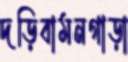
দড়িবামনগাড়া